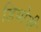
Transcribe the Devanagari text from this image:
डियोनी